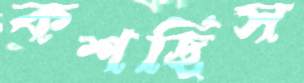
কশছিস